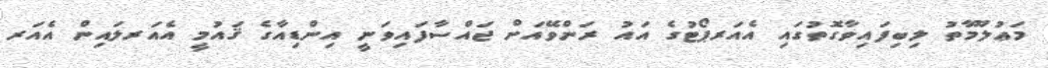
މަޢުލޫމާތު ލިބިފައިވާގޮތުގައި އެއަރޕޯޓުގެ އައު ރަންވޭއަށް ޖައްސާފައިވަނީ އިންޑިއާގެ ޤައުމީ އެއަރލައިން އެއަރ